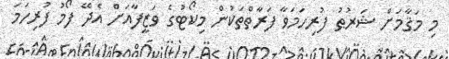
މި މަޤާމަށް ޝަރުޠު ފުރިހަމަވާ ފަރާތްތަކުން މިކޯޓުގެ ވަޒީފާއަށް އެދޭ ފޯމު ފުރިހަމަ